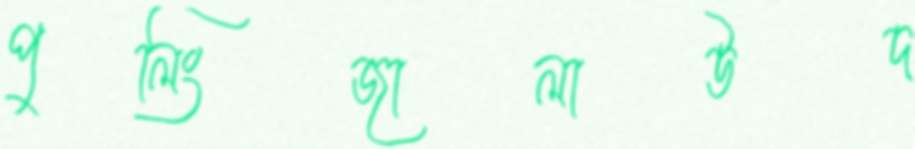
পুলিংজালাউদ্